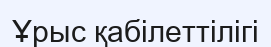
Ұрыс қабілеттілігі